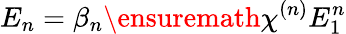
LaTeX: E_{n}=\beta_{n}\ensuremath{\chi^{(n)}}E_{1}^{n}